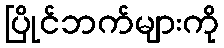
ပြိုင်ဘက်များကို